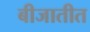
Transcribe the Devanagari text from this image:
बीजातीत